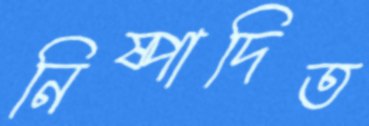
নিষ্পাদিত